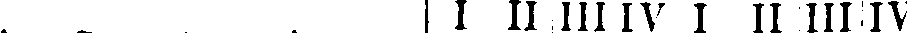
, _ | I II III IV I II III IV